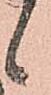
候